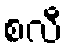
စလီ